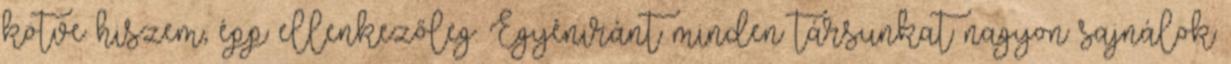
kötve hiszem, épp ellenkezőleg. Egyéniránt minden társunkat nagyon sajnálok